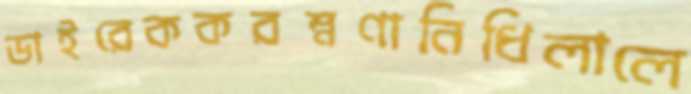
ডাইরেককরম্নণানিধিলালে